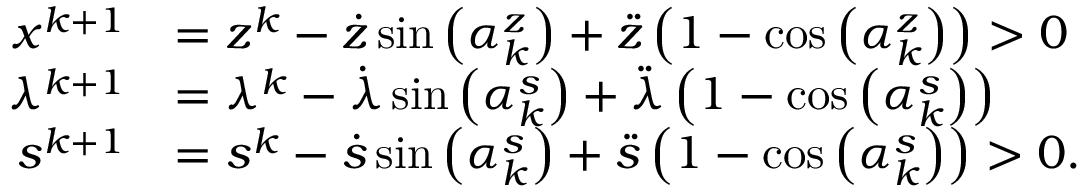
\begin{array} { r l } { x ^ { k + 1 } } & { = z ^ { k } - \dot { z } \sin \left( \alpha _ { k } ^ { z } \right) + \ddot { z } \left( 1 - \cos \left( \alpha _ { k } ^ { z } \right) \right) > 0 } \\ { \lambda ^ { k + 1 } } & { = \lambda ^ { k } - \dot { \lambda } \sin \left( \alpha _ { k } ^ { s } \right) + \ddot { \lambda } \left( 1 - \cos \left( \alpha _ { k } ^ { s } \right) \right) } \\ { s ^ { k + 1 } } & { = s ^ { k } - \dot { s } \sin \left( \alpha _ { k } ^ { s } \right) + \ddot { s } \left( 1 - \cos \left( \alpha _ { k } ^ { s } \right) \right) > 0 . } \end{array}